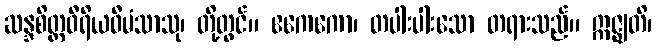
ဆန္ဒစိတ္တဝီရိယဝီမံသာသု၊ တို့တွင်။ ဧကေကော၊ တပါးပါးသော တရားသည်။ ဣဇ္ဈတိ၊